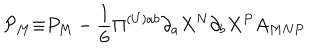
\mathcal { P } _ { M } \mathcal { \equiv } P _ { M } - \frac { 1 } { 6 } \Pi ^ { ( U ) a b } \partial _ { a } X ^ { N } \partial _ { b } X ^ { P } A _ { M N P }